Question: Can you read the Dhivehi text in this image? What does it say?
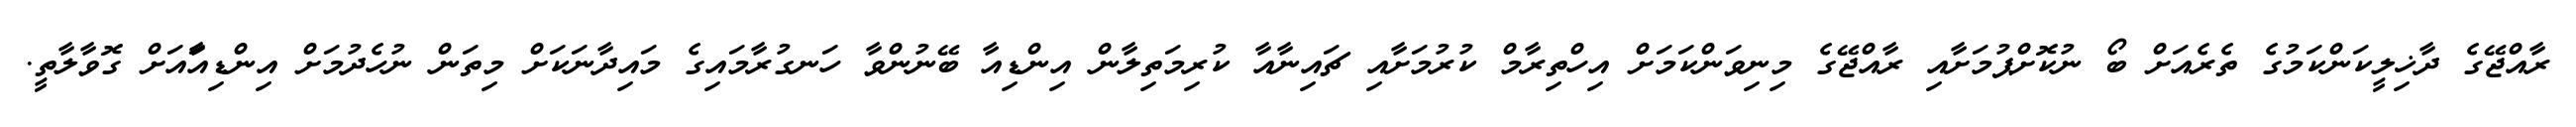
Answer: ރާއްޖޭގެ ދާޚިލީކަންކަމުގެ ތެރެއަށް ބޯ ނުކޮށްޕުމަށާއި ރާއްޖޭގެ މިނިވަންކަމަށް އިހްތިރާމް ކުރުމަށާއި ޗައިނާއާ ކުރިމަތިލާން އިންޑިއާ ބޭނުންވާ ހަނގުރާމައިގެ މައިދާނަކަށް މިތަން ނުހެދުމަށް އިންޑިއާައަށް ގޮވާލާތީ.